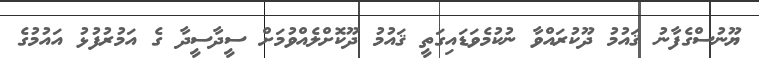
ޔޫނުސްގެފާނު ޤައުމު ދޫކުރައްވާ ނުކުމެވަޑައިގަތީ ޤައުމު ދޫކޮށްލެއްވުމަށް ސީދާސީދާ ގެ އަމުރުފުޅު އައުމުގެ